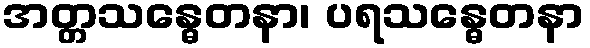
အတ္တသန္ဓေတနာ၊ ပရသန္ဓေတနာ